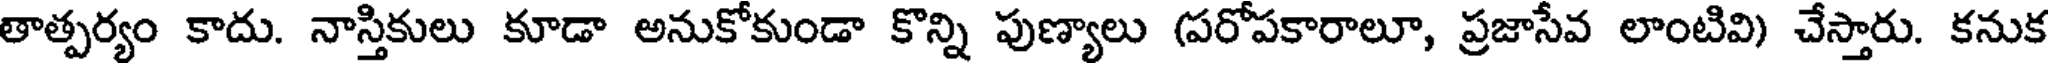
తాత్పర్యం కాదు. నాస్తికులు కూడా అనుకోకుండా కొన్ని పుణ్యాలు (పరోపకారాలూ, ప్రజాసేవ లాంటివి) చేస్తారు. కనుక